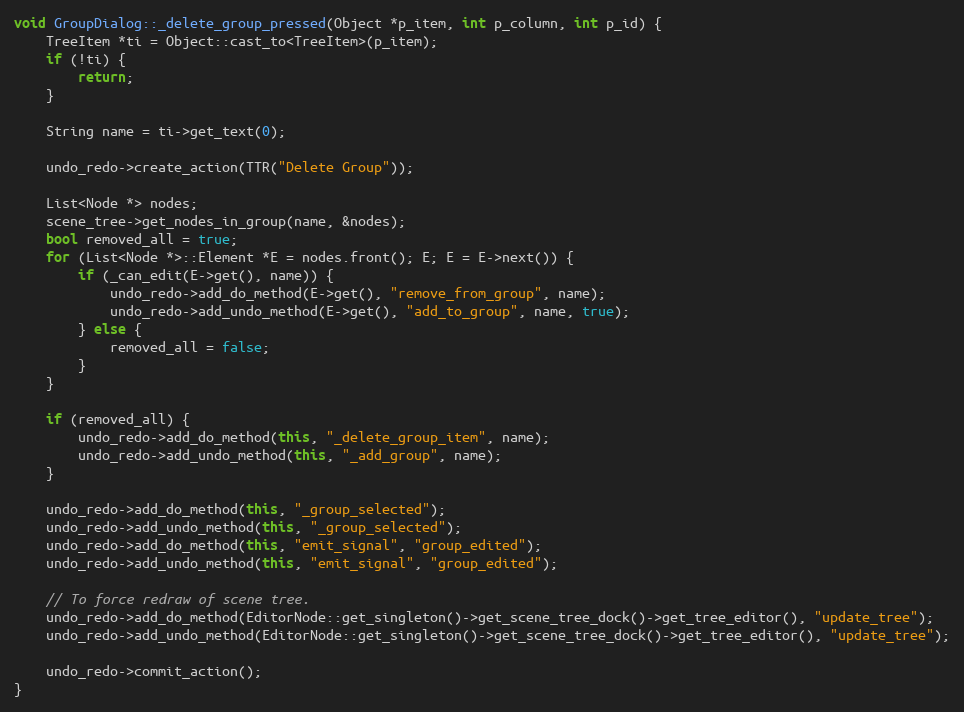
Language: C++
void GroupDialog::_delete_group_pressed(Object *p_item, int p_column, int p_id) {
	TreeItem *ti = Object::cast_to<TreeItem>(p_item);
	if (!ti) {
		return;
	}

	String name = ti->get_text(0);

	undo_redo->create_action(TTR("Delete Group"));

	List<Node *> nodes;
	scene_tree->get_nodes_in_group(name, &nodes);
	bool removed_all = true;
	for (List<Node *>::Element *E = nodes.front(); E; E = E->next()) {
		if (_can_edit(E->get(), name)) {
			undo_redo->add_do_method(E->get(), "remove_from_group", name);
			undo_redo->add_undo_method(E->get(), "add_to_group", name, true);
		} else {
			removed_all = false;
		}
	}

	if (removed_all) {
		undo_redo->add_do_method(this, "_delete_group_item", name);
		undo_redo->add_undo_method(this, "_add_group", name);
	}

	undo_redo->add_do_method(this, "_group_selected");
	undo_redo->add_undo_method(this, "_group_selected");
	undo_redo->add_do_method(this, "emit_signal", "group_edited");
	undo_redo->add_undo_method(this, "emit_signal", "group_edited");

	// To force redraw of scene tree.
	undo_redo->add_do_method(EditorNode::get_singleton()->get_scene_tree_dock()->get_tree_editor(), "update_tree");
	undo_redo->add_undo_method(EditorNode::get_singleton()->get_scene_tree_dock()->get_tree_editor(), "update_tree");

	undo_redo->commit_action();
}